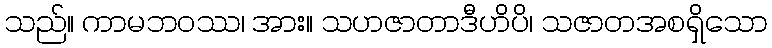
သည်။ ကာမဘဝဿ၊ အား။ သဟဇာတာဒီဟိပိ၊ သဇာတအစရှိသော